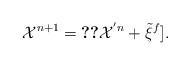
LaTeX: \begin{align*}{\cal X}^{ n+1}=\Ref[{\cal X}^{' n}+\Tilde{\xi}^{f}]. \end{align*}